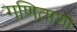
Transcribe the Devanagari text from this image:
गणिताशी